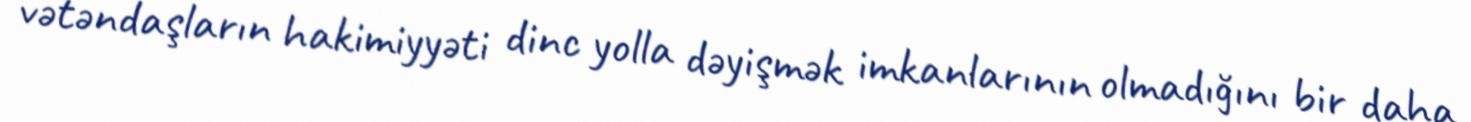
vətəndaşların hakimiyyəti dinc yolla dəyişmək imkanlarının olmadığını bir daha